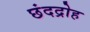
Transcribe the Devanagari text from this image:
छंदद्रोह